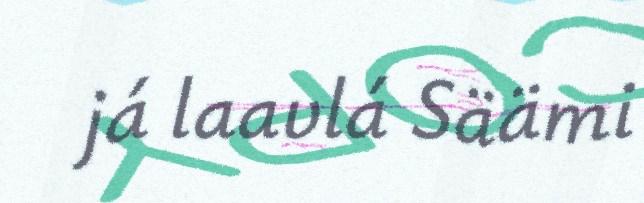
já laavlá Säämi